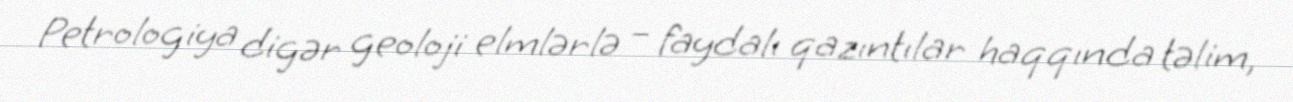
Petrologiya digər geoloji elmlərlə – faydalı qazıntılar haqqında təlim,